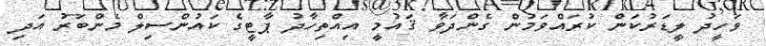
ވަހީދު ލީޑަރުކަން ކުރައްވަމުން ގެންދަވާ ޤައުމީ އިއްތިހާދު ޕާޓީގެ ކައުންސިލް މެންބަރު އަދި